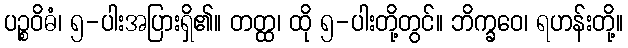
ပဉ္စဝိဓံ၊ ၅-ပါးအပြားရှိ၏။ တတ္ထ၊ ထို ၅-ပါးတို့တွင်။ ဘိက္ခဝေ၊ ရဟန်းတို့။